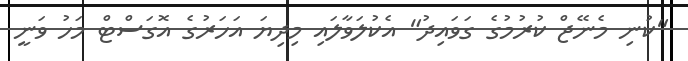
"ކުނި މެނޭޖް ކުރުމުގެ ގަވައިދު" އެކުލަވާލައި މިދިޔަ އަހަރުގެ އޮގަސްޓް މަހު ވަނީ